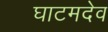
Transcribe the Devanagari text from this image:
घाटमदेव